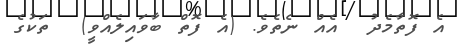
އެ ފޮތާމެދު  އެއް ނެތެވެ. (އެ ފޮތް ބާވައިލެއްވީ)  ތަކުގެ